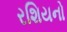
રશિયનો